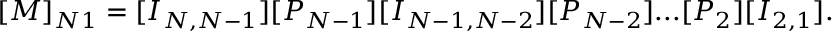
[ M ] _ { N 1 } = [ I _ { N , N - 1 } ] [ P _ { N - 1 } ] [ I _ { N - 1 , N - 2 } ] [ P _ { N - 2 } ] . . . [ P _ { 2 } ] [ I _ { 2 , 1 } ] .